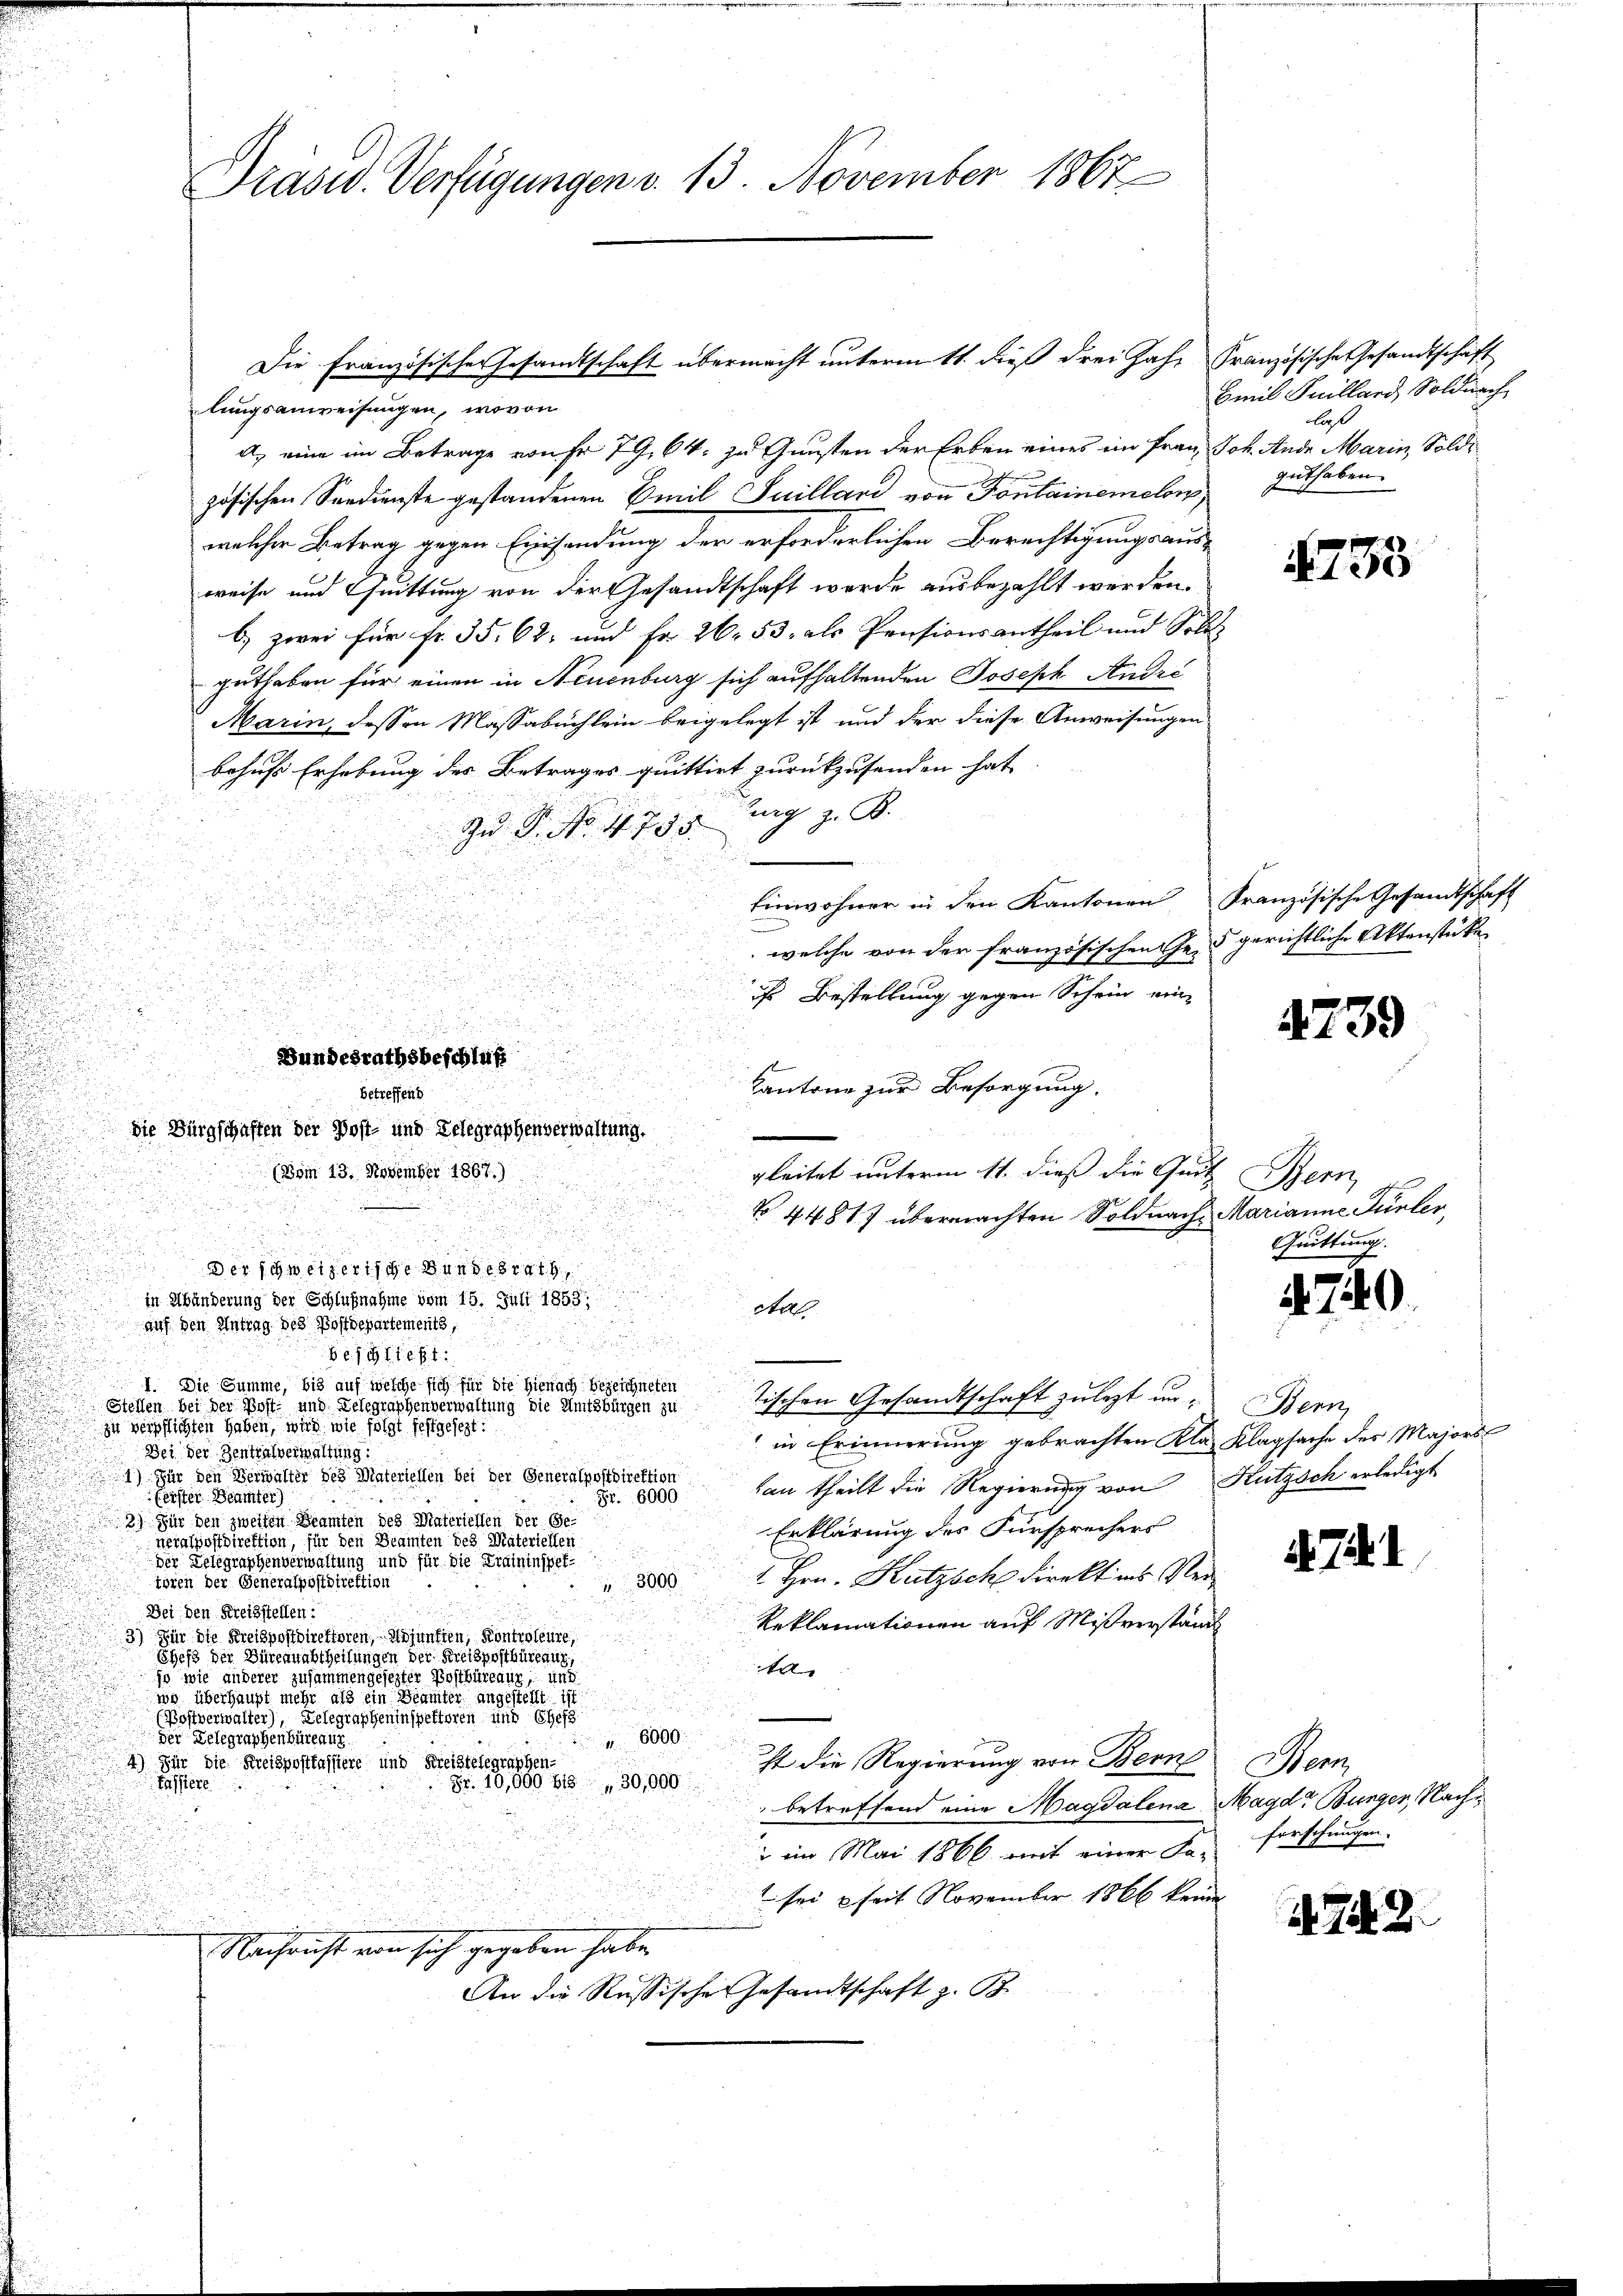
Die Französischer Gesandtschaft übermacht unterm 11. dieß drei Jahr Französische Gesandtschaft
lungsanweisungen, wovon
A. eine im Betrage von Fr. 79. 64. zu Gunsten der Erben eines im Frau Joh. Ande Marin, Soldzösischen Seedienste gestandenen Emil Juilland von Fontainemeler,
welcher Betrag gegen Einsendung der erforderlichen Berechtigungsaus-
weise und Quittung von der Gesandtschaft werde ausbezahlt werden.
b) zwei für Fr. 35. 62, und Fr. 26. 53, als Pensionsantheil und Solo-
guthaben für einen in Neuenburg sich aufhaltenden Joseph Andri
Marin, dessen Massabuchlein beigelegt ist und der diese Anweisungen
behufs Erhebung des Betrages quittirt zurückzusenden hat
Zurg z. B.
Zu P. No. 4755.
.
d
Einwohner in den Kantonen
n
welche von der französischen Ge- gerichtliche Aktenstücke
i
u

is Bestellung gegen Schein ein

zu der

i
.

i
Cantone zur Besorgung.
die Bürgschaften der Post- und Telegraphenverwaltung.
(Vom 13. November 1867.)
gleitet unterm 11. dieß die Quit Bern
.

N 44817 übermachten Soldnach Marianne Funter,
e

Der schweizerische Bundesrath,
d
in Abänderung der Schlußnahme vom 15. Juli 1853,
Aal.
auf den Antrag des Postdepartements,

.
Besglie
I. Die Summe, bis auf welche sich für die Hienach bezeichneten
2
ischen Gesandtschaft zulezt in Bern,
Stellen bei der Post- und Telegraphenverwaltung die Amtsbürgen zu
In verpflichten haben, wird wie so festgesezt:
in Erinnerung gebrachten Kla Klagsache des Majors
Bei der Zentralverwaltung:
1) Für den Verwalter des Materiellen bei der Generalpostdirektion
han theilt die Regierung von Hutzsch erledigt
Fr. 6000
Fenster Beamter)
2) Für den zweiten Beamten des Materiellen der Ge¬
Erklärung des Fürsprechers
neralpostdirektion, für den Beamten des Materiellen
der Delegraphenverwaltung und für die Kratzinspe
I. Hrn. Katzsch direkt ins Vertören der Generalpostdirektion
3000
Bei den Kreisstellen:
.
Reklamationen auf Mißverständ
3) Für die Kreispostdirektoren, Adjunften, Kontroleure
Chefs der Büreauabtheilungen der Kreisposthüreaux,
t
jo wie anderer zusammengesezter Postbüreaux, und
wo überhaupt mehr als ein Beamter angestellt ist
(Postverwalter), Gelegrapheninspektoren und Ehef
der Delegraphenbüreau
6000.
st die Regierung von Bern
Für die Kreispostkassiere und Kreistelegraphen-
Fr. 10,589 818 30,000
Tassiere
betroffend eine Magdalena
 im Mai 1866 mit einer Fa- forschungen.
sei seit November 1866 keine
Nachricht von sich gegeben habe,
An die Russische Gesandtschaft z. B.

Präsid. Verfügungen v. 13. November 1867

Bundesrathsbeschluß

betreffens

Emil Juillard, Soldnach
laß
guthaben.

N233

Französische Gesandtschaft

4739

Quittung.

0

471

Mar
Magde Bunger, Nach¬

1749.